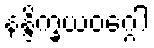
နန္ဒိက္ခယဝဂ္ဂေါ